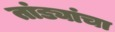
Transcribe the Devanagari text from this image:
तांड्यांचा